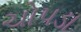
ચોપડા